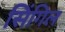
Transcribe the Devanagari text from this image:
सिंगिल